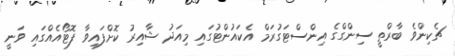
ޗެކިންވެ ބާރްތީ ސިންގްގެ އިންސްޓަގުރަމް އެކައުންޓުގައި މިއަދު ޝާއިރު ކޮށްފައިވާ ފޮޓޯއެއްގައި ވަނީ